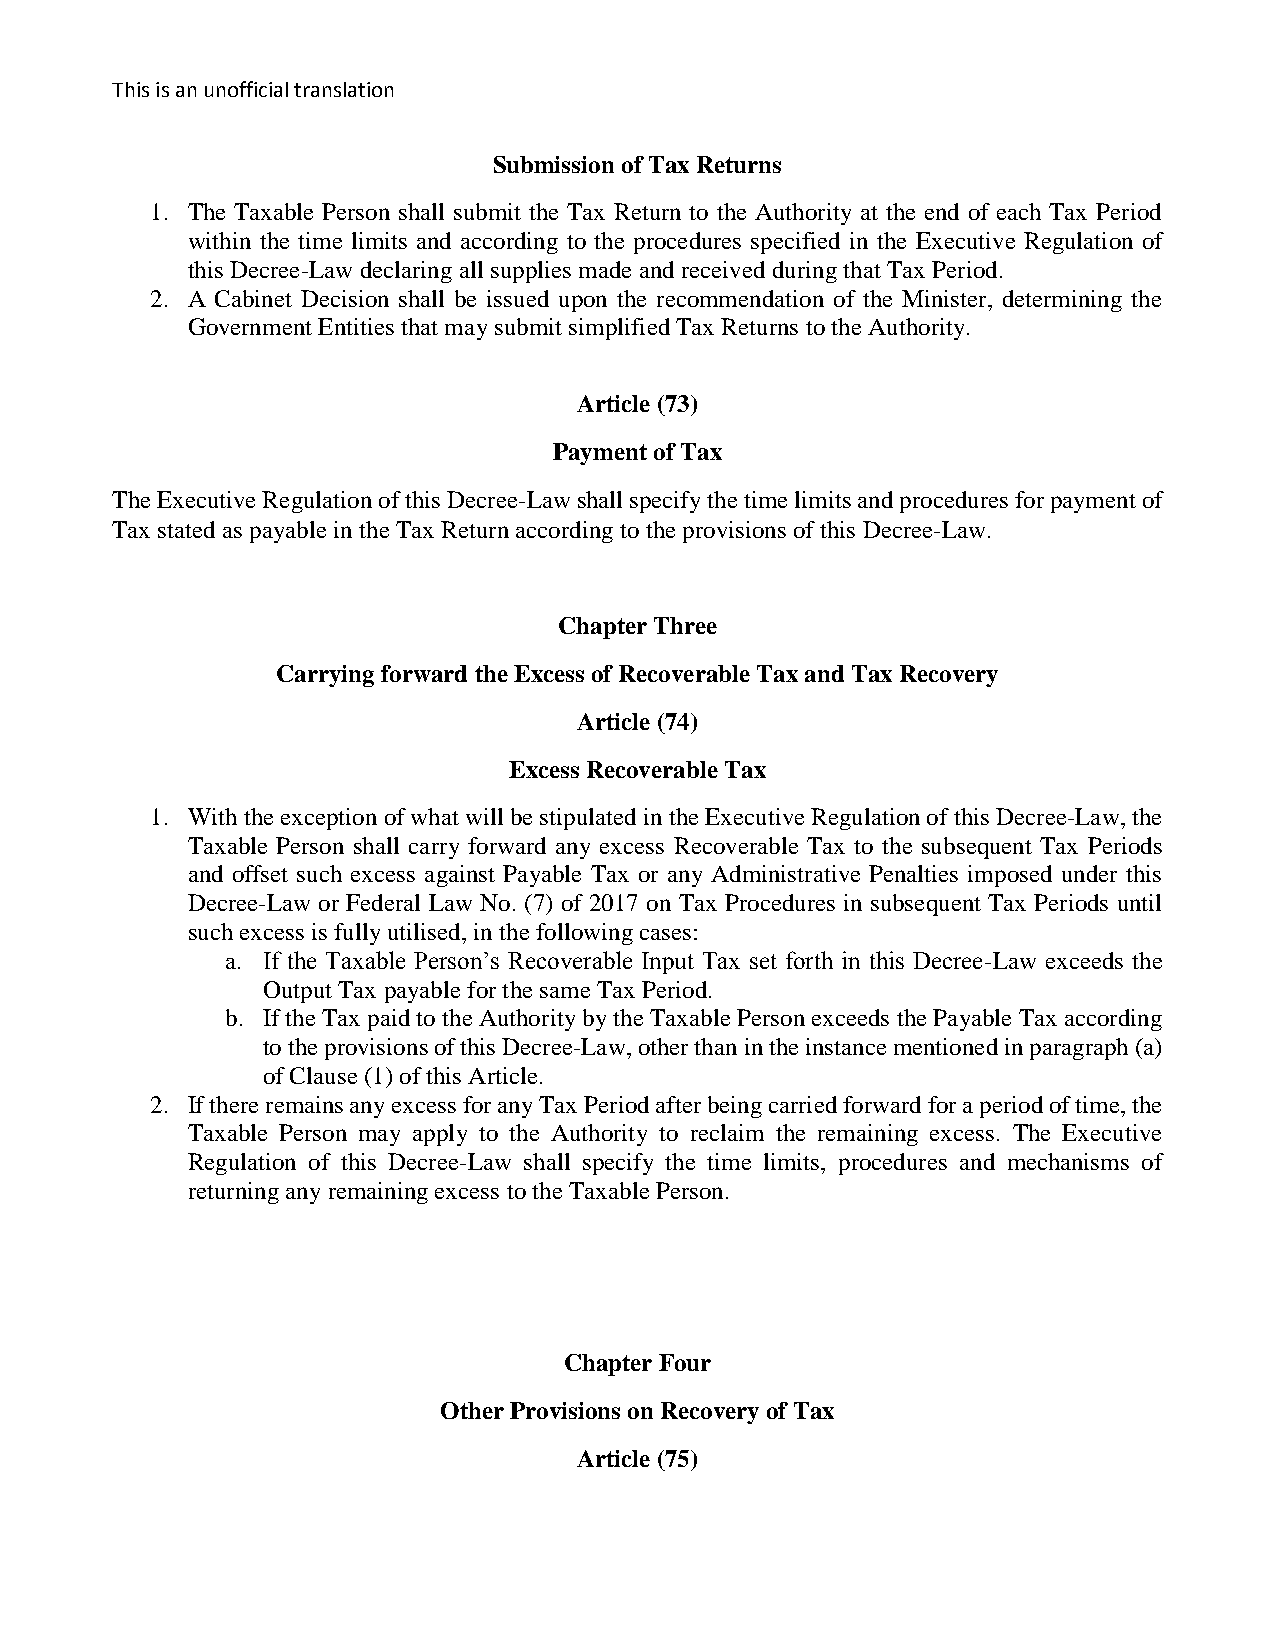
This is an unofficial translation
 Submission of Tax Returns
 1. The Taxable Person shall submit the Tax Return to the Authority at the end of each Tax Period
 within the time limits and according to the procedures specified in the Executive Regulation of
 this Decree-Law declaring all supplies made and received during that Tax Period.
 2. A Cabinet Decision shall be issued upon the recommendation of the Minister, determining the
 Government Entities that may submit simplified Tax Returns to the Authority.
 Article (73)
 Payment of Tax
 The Executive Regulation of this Decree-Law shall specify the time limits and procedures for payment of
 Tax stated as payable in the Tax Return according to the provisions of this Decree-Law.
 Chapter Three
 Carrying forward the Excess of Recoverable Tax and Tax Recovery
 Article (74)
 Excess Recoverable Tax
 1. With the exception of what will be stipulated in the Executive Regulation of this Decree-Law, the
 Taxable Person shall carry forward any excess Recoverable Tax to the subsequent Tax Periods
 and offset such excess against Payable Tax or any Administrative Penalties imposed under this
 Decree-Law or Federal Law No. (7) of 2017 on Tax Procedures in subsequent Tax Periods until
 such excess is fully utilised, in the following cases:
 a. If the Taxable Person’s Recoverable Input Tax set forth in this Decree-Law exceeds the
 Output Tax payable for the same Tax Period.
 b. If the Tax paid to the Authority by the Taxable Person exceeds the Payable Tax according
 to the provisions of this Decree-Law, other than in the instance mentioned in paragraph (a)
 of Clause (1) of this Article.
 2. If there remains any excess for any Tax Period after being carried forward for a period of time, the
 Taxable Person may apply to the Authority to reclaim the remaining excess. The Executive
 Regulation of this Decree-Law shall specify the time limits, procedures and mechanisms of
 returning any remaining excess to the Taxable Person.
 Chapter Four
 Other Provisions on Recovery of Tax
 Article (75)